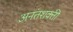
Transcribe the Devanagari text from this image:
अनंतशक्ती